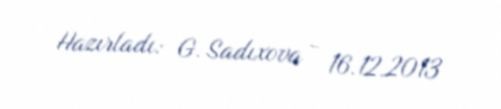
Hazırladı: G. Sadıxova - 16.12.2013